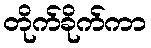
တိုက်ခိုက်ကာ